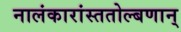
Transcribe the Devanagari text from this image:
नालंकारांस्ततोल्बणान्